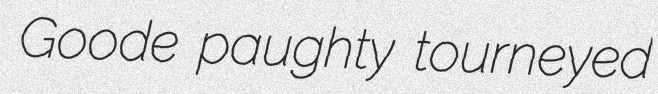
Goode paughty tourneyed